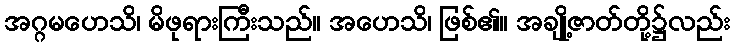
အဂ္ဂမဟေသိ၊ မိဖုရားကြီးသည်။ အဟေသိ၊ ဖြစ်၏။ အချို့ဇာတ်တို့၌လည်း